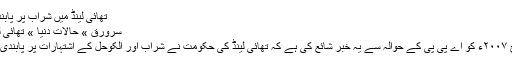
تھائی لینڈ میں شراب پر پابندی کے اقدامات | مولانا زاہد الراشدی
سرورق » حالات دنیا » تھائی لینڈ میں شراب پر پابندی کے اقدامات
روزنامہ پاکستان لاہور نے ۱۵ مارچ ۲۰۰۷ء کو اے پی پی کے حوالہ سے یہ خبر شائع کی ہے کہ تھائی لینڈ کی حکومت نے شراب اور الکوحل کے اشتہارات پر پابندی کے قانون کی منظوری دے دی ہے۔